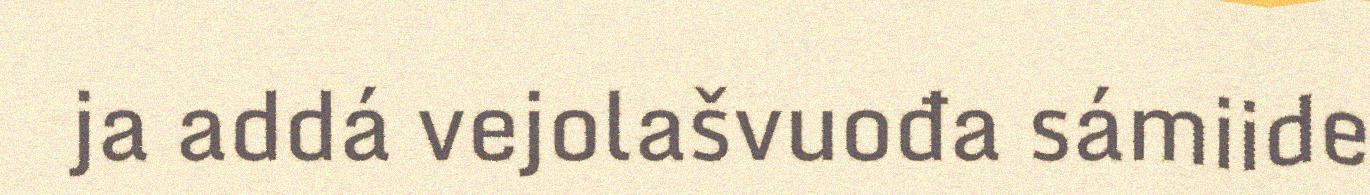
ja addá vejolašvuođa sámiide